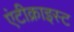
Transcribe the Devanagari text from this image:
एंटीक्राइस्ट